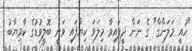
"ހުއީ މަލަންގް" ގެ ނަން ދީފައިވާ މިލަވަ ކިޔާފައި ވަނީ ބޮލީވުޑުގެ ކާމިޔާބު